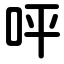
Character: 呯